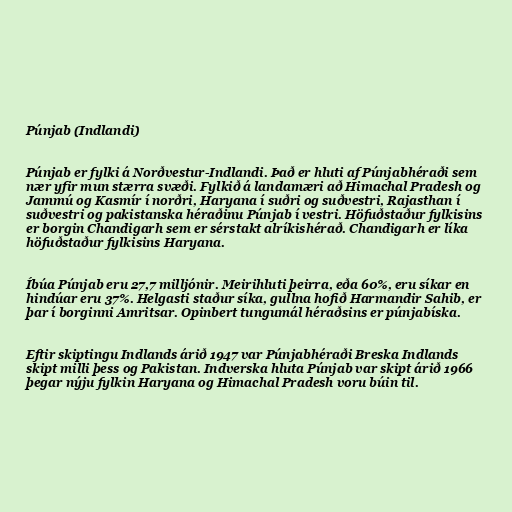
Púnjab (Indlandi)

Púnjab er fylki á Norðvestur-Indlandi. Það er hluti af Púnjabhéraði sem
nær yfir mun stærra svæði. Fylkið á landamæri að Himachal Pradesh og
Jammú og Kasmír í norðri, Haryana í suðri og suðvestri, Rajasthan í
suðvestri og pakistanska héraðinu Púnjab í vestri. Höfuðstaður fylkisins
er borgin Chandigarh sem er sérstakt alríkishérað. Chandigarh er líka
höfuðstaður fylkisins Haryana.

Íbúa Púnjab eru 27,7 milljónir. Meirihluti þeirra, eða 60%, eru síkar en
hindúar eru 37%. Helgasti staður síka, gullna hofið Harmandir Sahib, er
þar í borginni Amritsar. Opinbert tungumál héraðsins er púnjabíska.

Eftir skiptingu Indlands árið 1947 var Púnjabhéraði Breska Indlands
skipt milli þess og Pakistan. Indverska hluta Púnjab var skipt árið 1966
þegar nýju fylkin Haryana og Himachal Pradesh voru búin til.